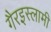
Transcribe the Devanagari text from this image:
गैरइस्लामी